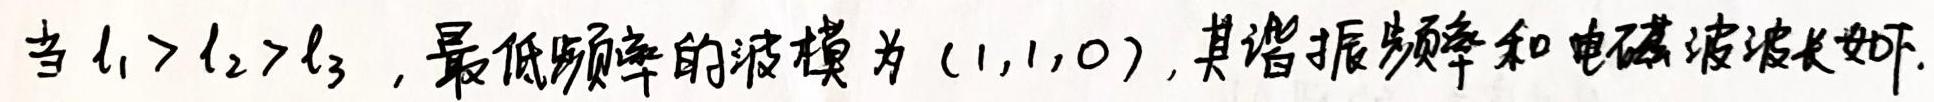
当$l_1 > l_2 > l_3$，最低频率的波模为$(1,1,0)$，其谐振频率和电磁波波长如下.